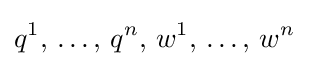
\displaystyle q^{1},\,\ldots ,\,q^{n},\,w^{1},\,\ldots ,\,w^{n}